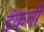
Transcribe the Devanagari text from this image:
डंकनी